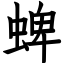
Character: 蜱